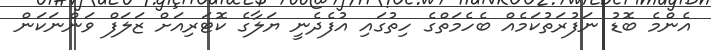
އެންމެ ބޮޑު ނަފުރަތުކަމެއް ބެހެމަތްގެ ހިތުގައި އުފެދެނީ ޔަލާގެ ކޮޓަރިއަށް ޒަލަފް ވަންނަކަން